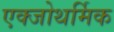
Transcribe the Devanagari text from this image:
एक्जोथर्मिक